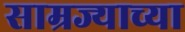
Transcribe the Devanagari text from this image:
साम्रज्याच्या